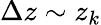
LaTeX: \Delta z\sim z_{k}